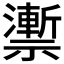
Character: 𥜙